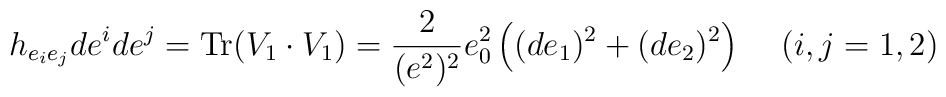
h_{e_i e_j }de^i de^j = {\rm Tr}(V_1\cdot V_1) = \frac 2{(e^2)^2}e_0^2 \left((de_1)^2 + (de_2)^2\right) \, \quad (i,j=1,2)